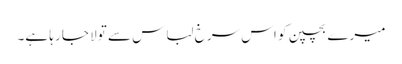
میرے بچپن کو اس سرخ لباس سے تولا جا رہا ہے۔